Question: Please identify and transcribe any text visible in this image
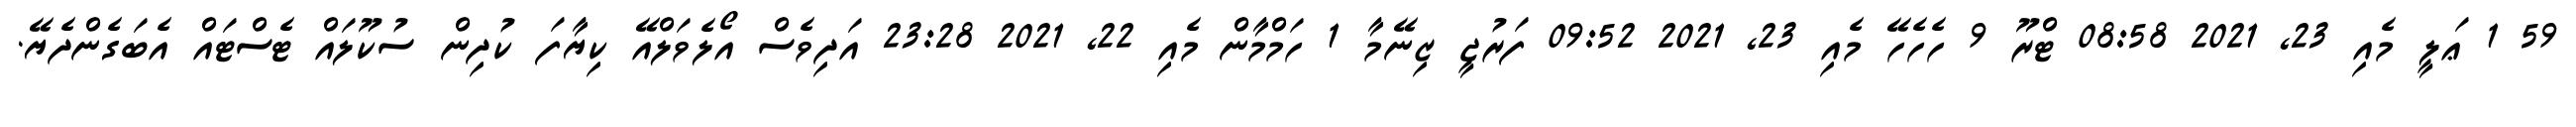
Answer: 59 1 ޢަލީ މެއި 23, 2021 08:58 ޓްރޫ 9 ހެހެހޭ މެއި 23, 2021 09:52 ފަރުޖީ ޒިނޭމާ 1 ހަމްމާން މެއި 22, 2021 23:28 އަދިވެސް އޯލެވަލްއޭ ކިޔާފަ ކުދިން ސުކޫލައް ޓެސްޓައް އެބަގެންދެޔޭ.